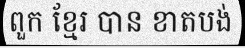
ពួក ខ្មែរ បាន ខាតបង់